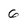
Character: 6